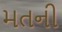
મતની